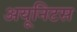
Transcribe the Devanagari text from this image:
अयूनिटस